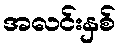
အလင်းနှစ်